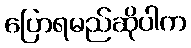
ပြောရမည်ဆိုပါက